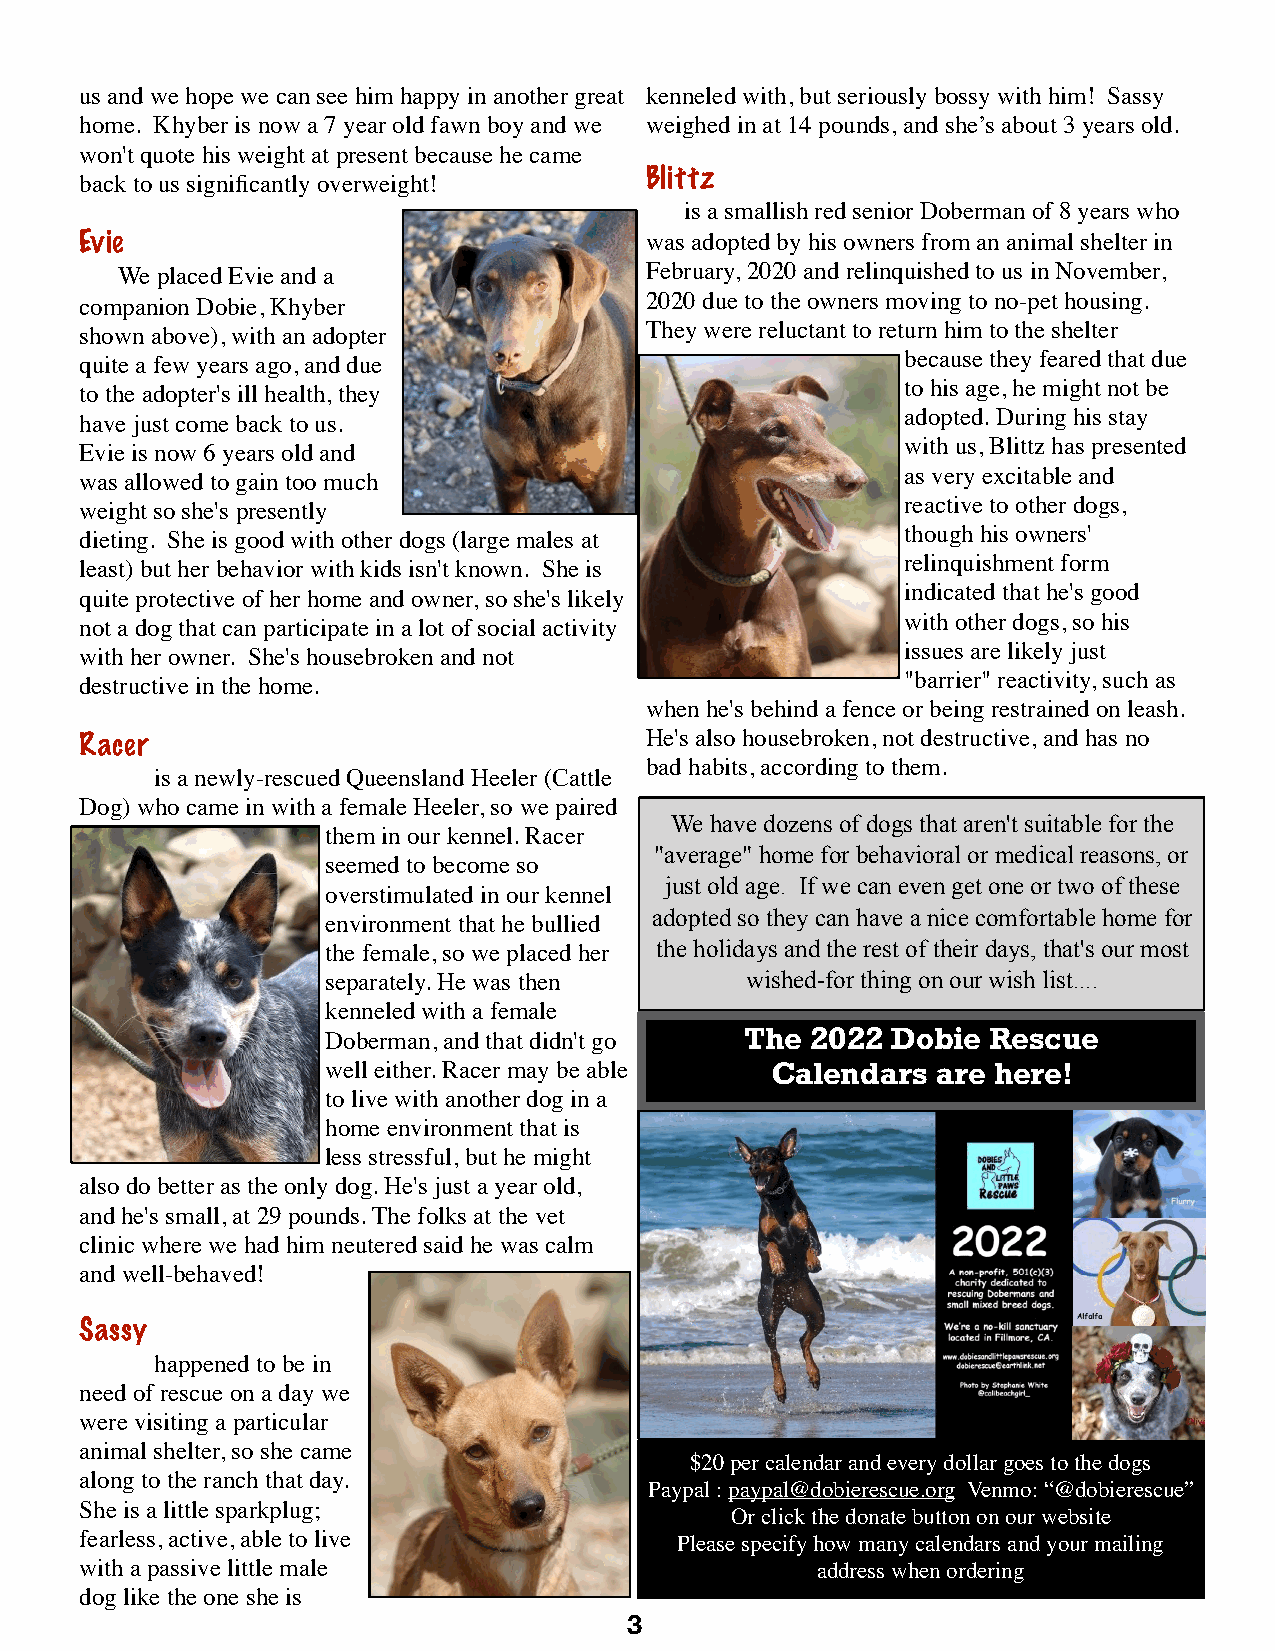
us and we hope we can see him happy in another great kenneled with, but seriously bossy with him! Sassy
 home. Khyber is now a 7 year old fawn boy and we weighed in at 14 pounds, and she’s about 3 years old.
 won't quote his weight at present because he came
 Blittz
 back to us significantly overweight!
 is a smallish red senior Doberman of 8 years who
 Evie                                  was adopted by his owners from an animal shelter in
 We placed Evie and a               February, 2020 and relinquished to us in November,
 companion Dobie, Khyber               2020 due to the owners moving to no-pet housing.
 shown above), with an adopter         They were reluctant to return him to the shelter
 quite a few years ago, and due                         because they feared that due
 to the adopter's ill health, they                      to his age, he might not be
 have just come back to us.                             adopted. During his stay
 Evie is now 6 years old and                            with us, Blittz has presented
 was allowed to gain too much                           as very excitable and
 weight so she's presently                              reactive to other dogs,
 dieting. She is good with other dogs (large males at   though his owners'
 least) but her behavior with kids isn't known. She is  relinquishment form
 quite protective of her home and owner, so she's likely indicated that he's good
 not a dog that can participate in a lot of social activity with other dogs, so his
 with her owner. She's housebroken and not              issues are likely just
 destructive in the home.                               "barrier" reactivity, such as
 when he's behind a fence or being restrained on leash.
 Racer                                 He's also housebroken, not destructive, and has no
 bad habits, according to them.
 is a newly-rescued Queensland Heeler (Cattle
 Dog) who came in with a female Heeler, so we paired
 We have dozens of dogs that aren't suitable for the
 them in our kennel. Racer
 "average" home for behavioral or medical reasons, or
 seemed to become so
 just old age. If we can even get one or two of these
 overstimulated in our kennel
 adopted so they can have a nice comfortable home for
 environment that he bullied
 the female, so we placed her the holidays and the rest of their days, that's our most
 separately. He was then    wished-for thing on our wish list....
 kenneled with a female
 Doberman, and that didn't go The 2022 Dobie Rescue
 well either. Racer may be able Calendars are here!
 to live with another dog in a
 home environment that is
 less stressful, but he might
 also do better as the only dog. He's just a year old,
 and he's small, at 29 pounds. The folks at the vet
 clinic where we had him neutered said he was calm
 and well-behaved!
 Sassy
 happened to be in
 need of rescue on a day we
 were visiting a particular
 animal shelter, so she came
 $20 per calendar and every dollar goes to the dogs
 along to the ranch that day.
 Paypal : paypal@dobierescue.org Venmo: “@dobierescue”
 She is a little sparkplug;
 Or click the donate button on our website
 fearless, active, able to live          Please specify how many calendars and your mailing
 with a passive little male                       address when ordering
 dog like the one she is
 3